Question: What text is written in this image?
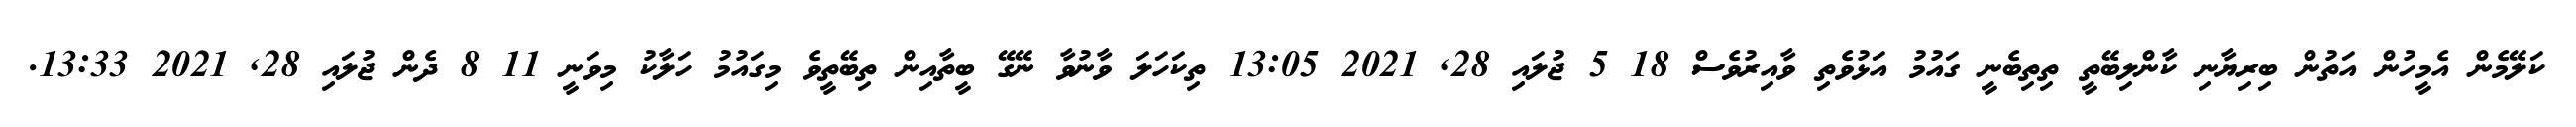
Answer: ކަލޭމެން އެމީހުން އަތުން ބިރިޔާނި ކާންލިބޭތީ ތިތިބެނީ ގައުމު އަޅުވެތި ވާއިރުވެސް 18 5 ޖުލައި 28, 2021 13:05 ތިކަހަލަ ވާނުވާ ނޭގޭ ބީތާއިން ތިބޭތީވެ މިގައުމު ހަލާކު މިވަނީ 11 8 ދެން ޖުލައި 28, 2021 13:33.